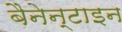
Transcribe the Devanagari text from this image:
बैनेन्टाइन